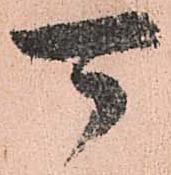
可